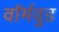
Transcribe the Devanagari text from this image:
वॉर्मवुड